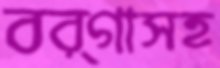
বর্গাসহ